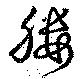
膢